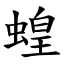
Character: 蝗